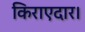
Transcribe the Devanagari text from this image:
किराएदार।